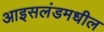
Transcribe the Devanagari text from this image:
आइसलंडमधील